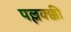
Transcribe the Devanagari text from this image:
पल्लक्क्की